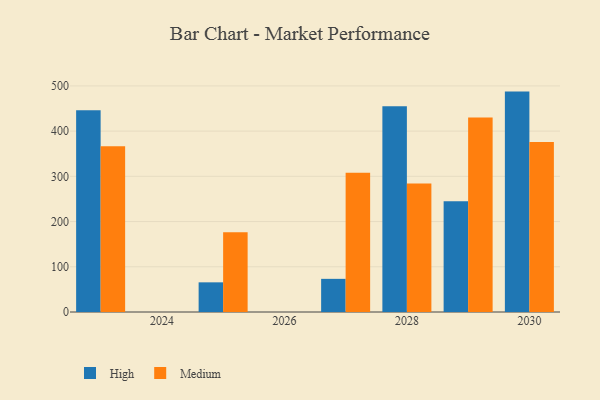
{"axis": {"x": "Year", "y": "Net Income (USD K)"}, "legend": ["High", "Medium"], "data": [{"x": "2028", "y": 455.2, "type": "High"}, {"x": "2028", "y": 284.3, "type": "Medium"}, {"x": "2029", "y": 245.0, "type": "High"}, {"x": "2029", "y": 430.1, "type": "Medium"}, {"x": "2030", "y": 487.4, "type": "High"}, {"x": "2030", "y": 376.0, "type": "Medium"}, {"x": "2025", "y": 65.6, "type": "High"}, {"x": "2025", "y": 176.3, "type": "Medium"}, {"x": "2027", "y": 73.3, "type": "High"}, {"x": "2027", "y": 308.0, "type": "Medium"}, {"x": "2023", "y": 446.2, "type": "High"}, {"x": "2023", "y": 366.6, "type": "Medium"}]}